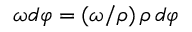
\omega d \varphi = ( \omega / \rho ) \, \rho \, d \varphi